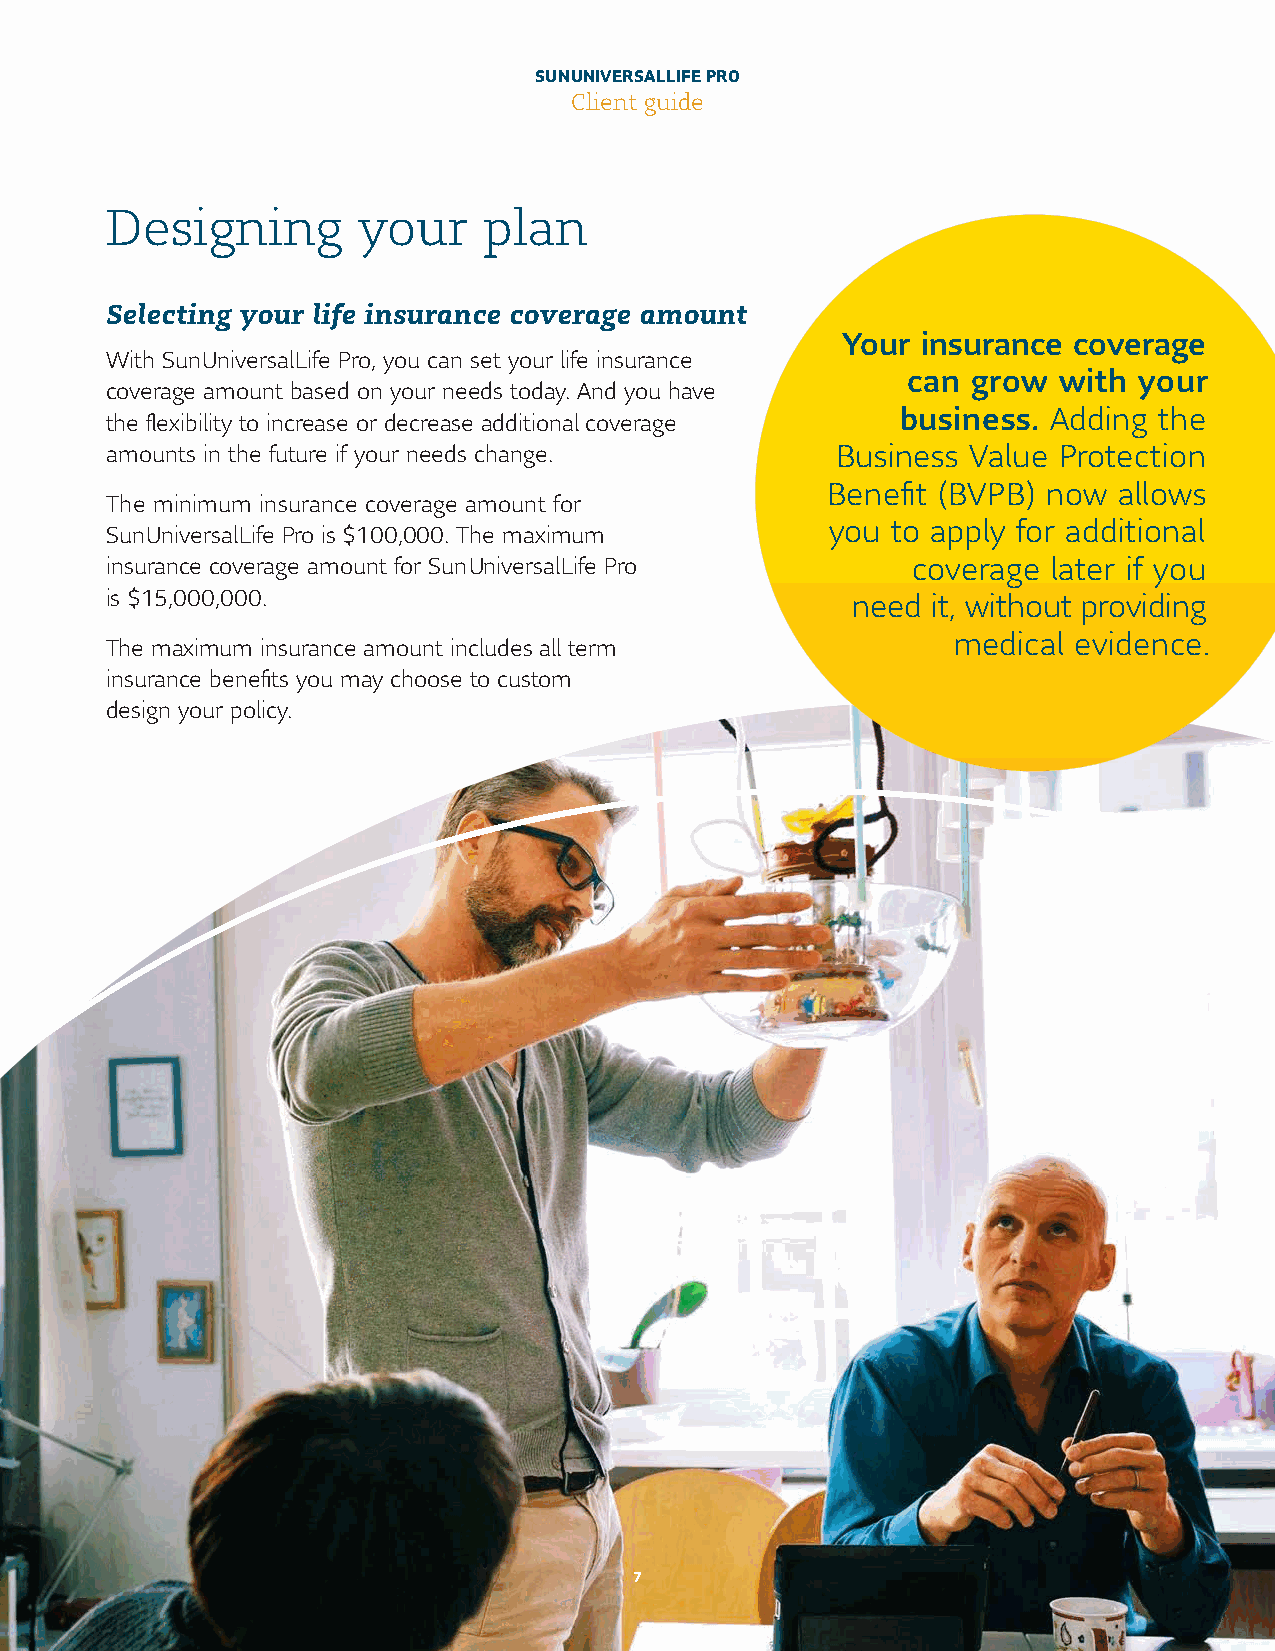
SUN UNIVERSAL LIFE PRO
 Client guide
 Designing        your    plan
 Selecting your life insurance coverage amount
 Your insurance coverage
 With Sun Universal Life Pro, you can set your life insurance
 can grow  with your
 coverage amount based on your needs today. And you have
 business. Adding the
 the flexibility to increase or decrease additional coverage
 amounts in the future if your needs change.     Business Value Protection
 Benefit (BVPB) now allows
 The minimum insurance coverage amount for
 you to apply for additional
 Sun Universal Life Pro is $100,000. The maximum
 insurance coverage amount for Sun Universal Life Pro coverage  later if you
 is $15,000,000.                                  need  it, without providing
 medical evidence.
 The maximum insurance amount includes all term
 insurance benefits you may choose to custom
 design your policy.
 7